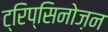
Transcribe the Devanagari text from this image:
ट्रिप्सिनोज़न